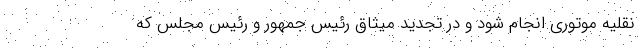
نقلیه موتوری انجام شود و در تجدید میثاق رئیس جمهور و رئیس مجلس که